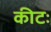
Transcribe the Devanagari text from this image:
कीटः